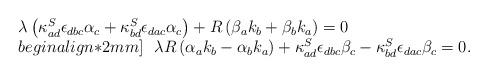
LaTeX: \begin{align*}\begin{array}{l}\lambda\left(\kappa^S_{ad}\epsilon_{dbc}\alpha_c+\kappa^S_{bd}\epsilon_{dac}\alpha_c\right) + R\left(\beta_ak_b+\beta_bk_a\right)=0 \\begin{align*}2mm]\ \ \lambda R\left(\alpha_ak_b-\alpha_bk_a\right)+\kappa^S_{ad}\epsilon_{dbc}\beta_c -\kappa^S_{bd}\epsilon_{dac}\beta_c =0.\\\end{array}\end{align*}